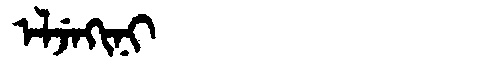
Manchu: ᡝᠯᠵᡝᡴᡳᠨᡳ
Romanization: ELJEKINI